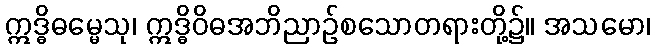
ဣဒ္ဓိဓမ္မေသု၊ ဣဒ္ဓိဝိဓအဘိညာဉ်စသောတရားတို့၌။ အသမော၊